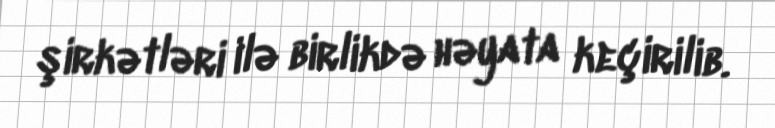
şirkətləri ilə birlikdə həyata keçirilib.